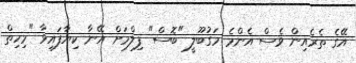
އޭގެ ތެރެއިން ވެސް އެންމެ މަގުބޫލީ "ބޮސް" ފިލްމަށް އޭނާ ކިޔާފައިވާ "މިހިތް